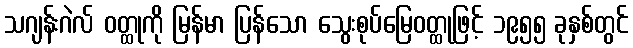
သဂျန်းဂဲလ် ဝတ္ထုကို မြန်မာ ပြန်သော သွေးစုပ်မြေဝတ္ထုဖြင့် ၁၉၅၅ ခုနှစ်တွင်